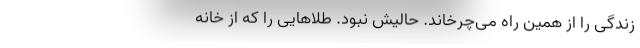
زندگی را از همین راه می‌چرخاند. حالیش نبود. طلاهایی را که از خانه